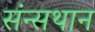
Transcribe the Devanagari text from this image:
संन्सथान